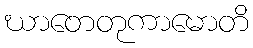
ဃာတေတုကာမောတိ